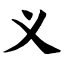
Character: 义